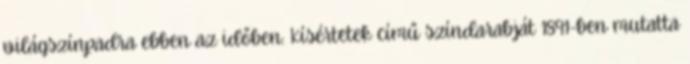
világszínpadra ebben az időben: Kísértetek című színdarabját 1891-ben mutatta